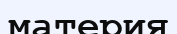
материя